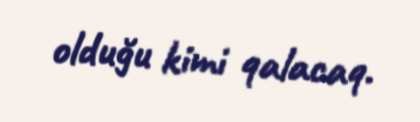
olduğu kimi qalacaq.